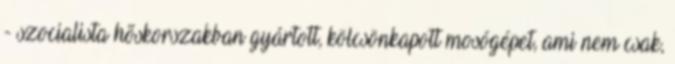
- szocialista hõskorszakban gyártott, kölcsönkapott mosógépet, ami nem csak,